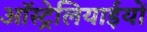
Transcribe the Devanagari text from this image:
ऑस्ट्रेलियाईयों